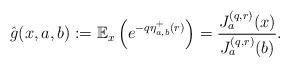
LaTeX: \begin{align*}\hat{g}(x,a,b) :=\mathbb{E}_x\left( e^{- q \eta_{a,b}^+(r)}\right)= \frac {J_a^{(q,r)}(x)} {J_a^{(q,r)}(b)}.\end{align*}